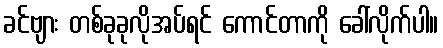
ခင်ဗျား တစ်ခုခုလိုအပ်ရင် ကောင်တာကို ခေါ်လိုက်ပါ။